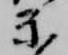
示